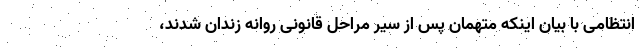
انتظامی با بیان اینکه متهمان پس از سیر مراحل قانونی روانه زندان شدند،